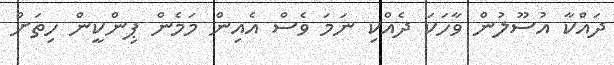
ދައްކާ އުސޫލުން ވާހަކަ ދެއްކި ނަމަ ވެސް އެއިން މަމެން ޕިންކީން ހިތަށް